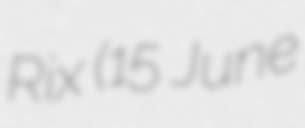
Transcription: Rix (15 June